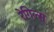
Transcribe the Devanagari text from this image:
रेगिल्स